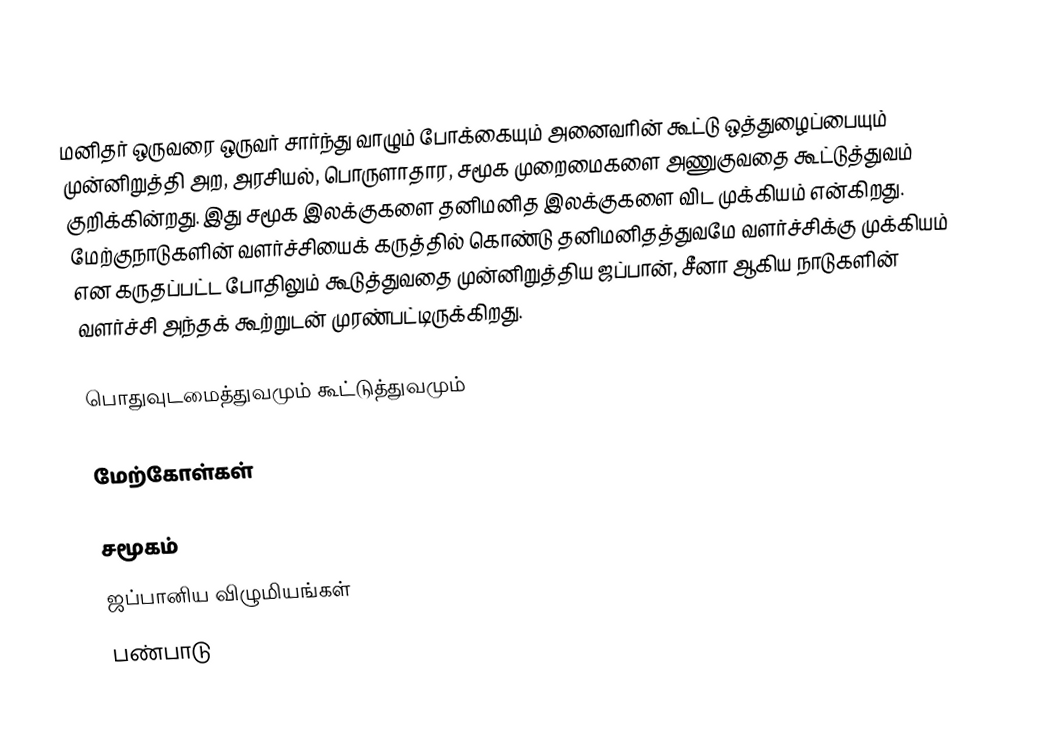
மனிதர் ஒருவரை ஒருவர் சார்ந்து வாழும் போக்கையும் அனைவரின் கூட்டு ஒத்துழைப்பையும் முன்னிறுத்தி அற, அரசியல், பொருளாதார, சமூக முறைமைகளை அணுகுவதை கூட்டுத்துவம் குறிக்கின்றது. இது சமூக இலக்குகளை தனிமனித இலக்குகளை விட முக்கியம் என்கிறது. மேற்குநாடுகளின் வளர்ச்சியைக் கருத்தில் கொண்டு தனிமனிதத்துவமே வளர்ச்சிக்கு முக்கியம் என கருதப்பட்ட போதிலும் கூடுத்துவதை முன்னிறுத்திய ஜப்பான், சீனா ஆகிய நாடுகளின் வளர்ச்சி அந்தக் கூற்றுடன் முரண்பட்டிருக்கிறது.

பொதுவுடமைத்துவமும் கூட்டுத்துவமும்

மேற்கோள்கள்

சமூகம்
ஜப்பானிய விழுமியங்கள்
பண்பாடு